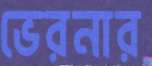
ভেরনার